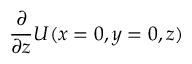
\frac { \partial } { \partial z } U ( x = 0 , y = 0 , z )